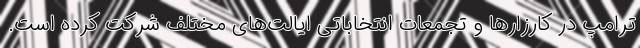
ترامپ در کارزارها و تجمعات انتخاباتی ایالت‌های مختلف شرکت کرده است.